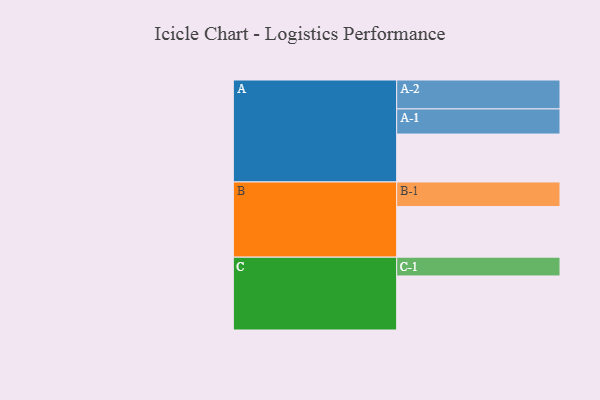
{"axis": {"x": "Segment", "y": "Value"}, "legend": ["", "A", "B", "C"], "data": [{"x": "A", "y": 406, "type": ""}, {"x": "B", "y": 429, "type": ""}, {"x": "C", "y": 458, "type": ""}, {"x": "A-1", "y": 213, "type": "A"}, {"x": "A-2", "y": 245, "type": "A"}, {"x": "B-1", "y": 208, "type": "B"}, {"x": "C-1", "y": 159, "type": "C"}]}